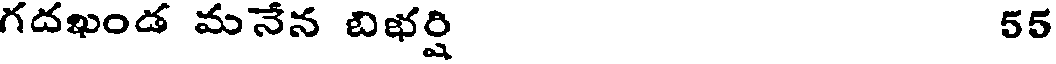
గదఖండ మనేన బిభర్షి 55